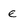
Character: e